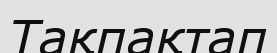
Тақпақтап